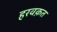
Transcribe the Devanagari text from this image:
हरवक़त